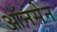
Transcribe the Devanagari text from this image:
ऑनसेन